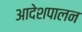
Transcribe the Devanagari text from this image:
आदेशपालन